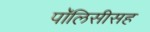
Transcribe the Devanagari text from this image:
पॉलिसीसह